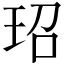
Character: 玿